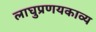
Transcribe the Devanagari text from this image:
लाघुप्रणयकाव्य